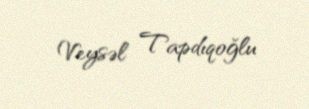
Veysəl Tapdıqoğlu